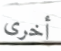
أخرى